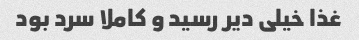
غذا خیلی دیر رسید و کاملا سرد بود